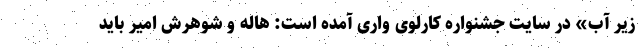
زیر آب» در سایت جشنواره کارلوی واری آمده است: هاله و شوهرش امیر باید